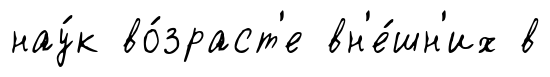
нау́к во́зраст'е вн'е́шн'их в